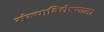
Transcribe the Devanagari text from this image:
संख्याविशेषणाला